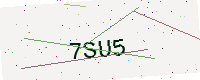
Text: 7SU5